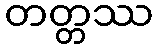
တတ္တဿ